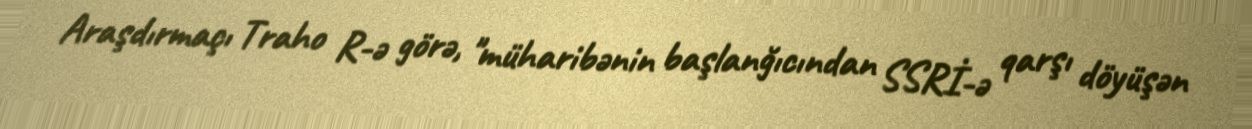
Araşdırmaçı Traho R-ə görə, "müharibənin başlanğıcından SSRİ-ə qarşı döyüşən